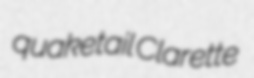
quaketail Clarette